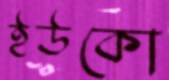
ইউকো